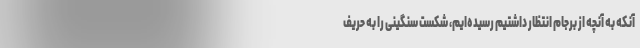
آنکه به آنچه از برجام انتظار داشتیم رسیده‌ایم، شکست سنگینی را به حریف